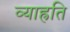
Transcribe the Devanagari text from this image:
व्याह्रति